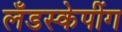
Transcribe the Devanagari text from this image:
लँडस्केपींग